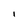
Character: 1